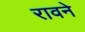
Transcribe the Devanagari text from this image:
रावने